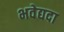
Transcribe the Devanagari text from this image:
भवेद्यदा